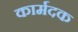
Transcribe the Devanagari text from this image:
कार्मदक